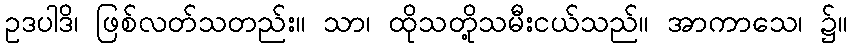
ဥဒပါဒိ၊ ဖြစ်လတ်သတည်း။ သာ၊ ထိုသတို့သမီးငယ်သည်။ အာကာသေ၊ ၌။